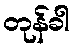
တုန်ခါ